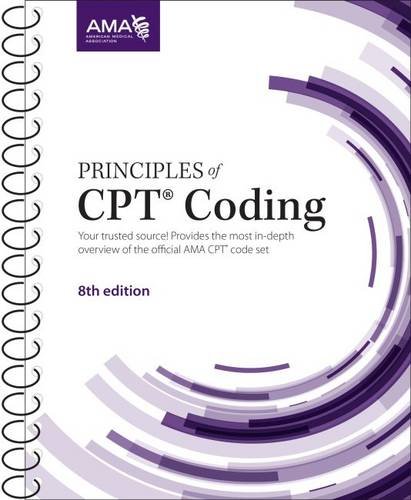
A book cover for Principles of CPT Coding; AMA; Medical Books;